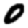
Digit: 0